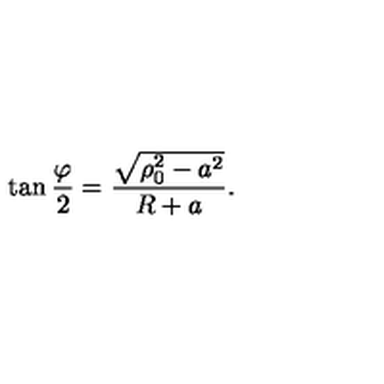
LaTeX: \tan { \frac { \varphi } { 2 } } = { \frac { \sqrt { \rho _ { 0 } ^ { 2 } - a ^ { 2 } } } { R + a } } .